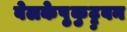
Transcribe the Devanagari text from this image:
वेलकेष़ुकुट्टुवन